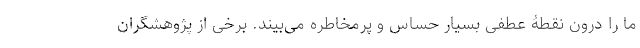
ما را درون نقطۀ عطفی بسیار حساس و پرمخاطره می‌بیند. برخی از پژوهشگران